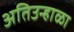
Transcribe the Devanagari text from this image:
अतिउन्हाळा